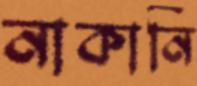
নাকানি